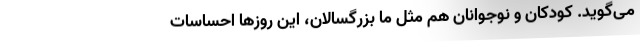
می‌گوید. کودکان و نوجوانان هم مثل ما بزرگسالان، این روزها احساسات